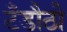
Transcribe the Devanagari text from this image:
टँडौठी